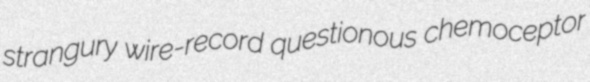
strangury wire-record questionous chemoceptor